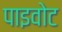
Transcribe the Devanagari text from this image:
पाइवोट